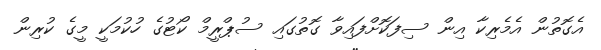
އެގޮތުން އެމެރިކާ އިން ސިފަކޮށްފައިވާ ގޮތުގައި ސުޕްރީމް ކޯޓުގެ ހުކުމަކީ މީގެ ކުރިން